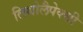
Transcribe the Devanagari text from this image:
लिथोलैपेक्सी